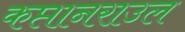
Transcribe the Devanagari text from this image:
कप्तानराउल